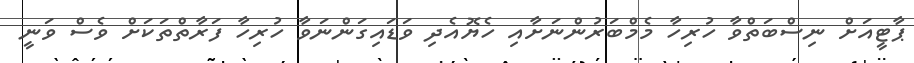
ޕާޓީއަށް ނިސްބަތްވާ ހުރިހާ މެމްބަރުންނަށާއި ހެޔޮއެދި ވަޑައިގަންނަވާ ހުރިހާ ފަރާތްތަކަށް ވެސް ވަނީ